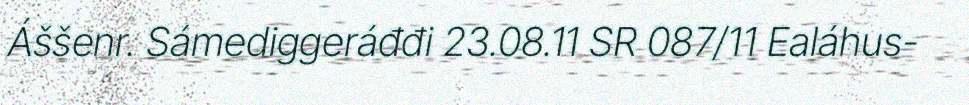
Áššenr. Sámediggeráđđi 23.08.11 SR 087/11 Ealáhus-